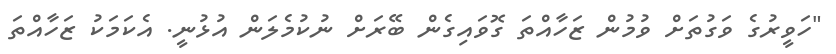
"ހަވީރުގެ ވަގުތަށް ވުމުން ޒަހާއްތަ ގޮވައިގެން ބޭރަށް ނުކުމެލަން އުޅުނީ. އެކަމަކު ޒަހާއްތަ